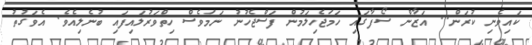
ކައިވެނި ކުރަން.. އަޒާން ސޯފާގައި ހަމަޖެހިލަމުން ފަސްޖެހުނު ނަމަވެސް ހިތްވަރުލައިފައި ބުނެލިއެވެ. އެވަގުތު